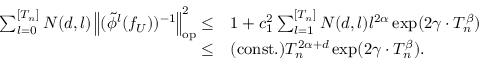
\begin{array} { r l } { \sum _ { l = 0 } ^ { [ T _ { n } ] } N ( d , l ) \left\| ( \tilde { \phi } ^ { l } ( f _ { U } ) ) ^ { - 1 } \right\| _ { \mathrm { o p } } ^ { 2 } \leq } & { 1 + c _ { 1 } ^ { 2 } \sum _ { l = 1 } ^ { [ T _ { n } ] } N ( d , l ) l ^ { 2 \alpha } \exp ( 2 \gamma \cdot T _ { n } ^ { \beta } ) } \\ { \leq } & { \mathrm { ( c o n s t . ) } T _ { n } ^ { 2 \alpha + d } \exp ( 2 \gamma \cdot T _ { n } ^ { \beta } ) . } \end{array}